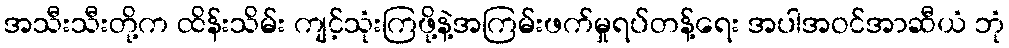
အသီးသီးတို့က ထိန်းသိမ်း ကျင့်သုံးကြဖို့နဲ့အကြမ်းဖက်မှုရပ်တန့်ရေး အပါအဝင်အာဆီယံ ဘုံ